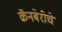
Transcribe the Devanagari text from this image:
क्रॅनबेरीचे